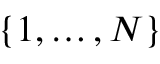
\{ 1 , \ldots , N \}